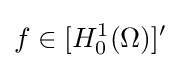
f\in [H_{0}^{1}(\Omega )]'